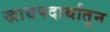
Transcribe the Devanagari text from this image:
खाद्यपदार्थातून